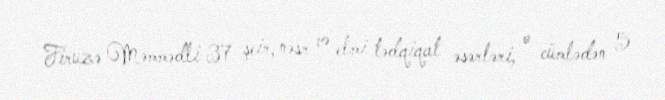
Firuzə Məmmədli 37 şeir, nəsr və elmi tədqiqat əsərləri, o cümlədən 5